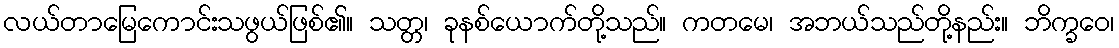
လယ်တာမြေကောင်းသဖွယ်ဖြစ်၏။ သတ္တ၊ ခုနစ်ယောက်တို့သည်။ ကတမေ၊ အဘယ်သည်တို့နည်း။ ဘိက္ခဝေ၊